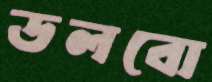
ডলবো